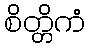
စိတ္တိကံ